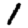
Digit: 1